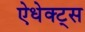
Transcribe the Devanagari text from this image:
ऐधेक्ट्स